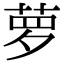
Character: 萝